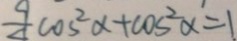
\frac { 9 } { \Delta } \cos ^ { 2 } \alpha + \cos ^ { 2 } \alpha = 1